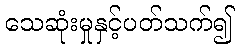
သေဆုံးမှုနှင့်ပတ်သက်၍